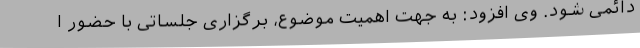
دائمی شود. وی افزود: به جهت اهمیت موضوع، برگزاری جلساتی با حضور ا